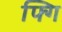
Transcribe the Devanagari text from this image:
फ्गि